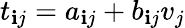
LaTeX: t_{\mathbf{i}j}=a_{\mathbf{i}j}+b_{\mathbf{i}j}v_{j}